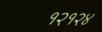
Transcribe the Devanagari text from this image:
१२१२४